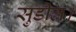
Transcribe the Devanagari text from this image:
सुडील।